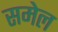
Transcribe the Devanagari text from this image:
समेल